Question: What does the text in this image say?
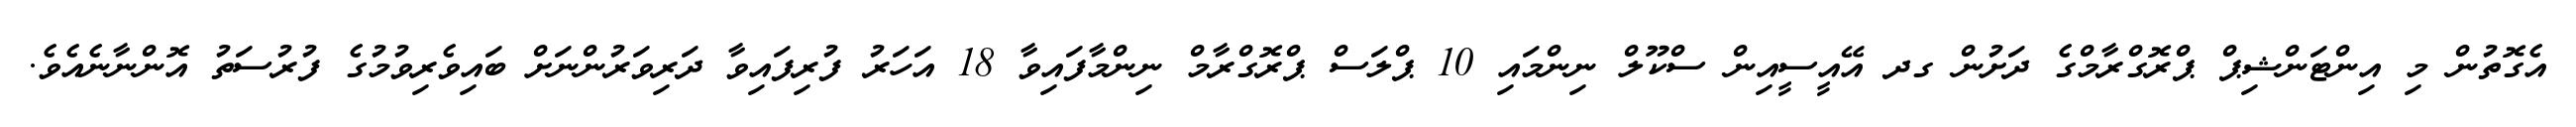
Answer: އެގޮތުން މި އިންޓަންޝިޕް ޕްރޮގްރާމްގެ ދަށުން ގދ އޭއީސީއިން ސްކޫލް ނިންމައި 10 ޕްލަސް ޕްރޮގްރާމް ނިންމާފައިވާ 18 އަހަރު ފުރިފައިވާ ދަރިވަރުންނަށް ބައިވެރިވުމުގެ ފުރުސަތު އޮންނާނެއެވެ.